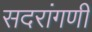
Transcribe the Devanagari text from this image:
सदरांगणी